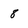
Character: 8